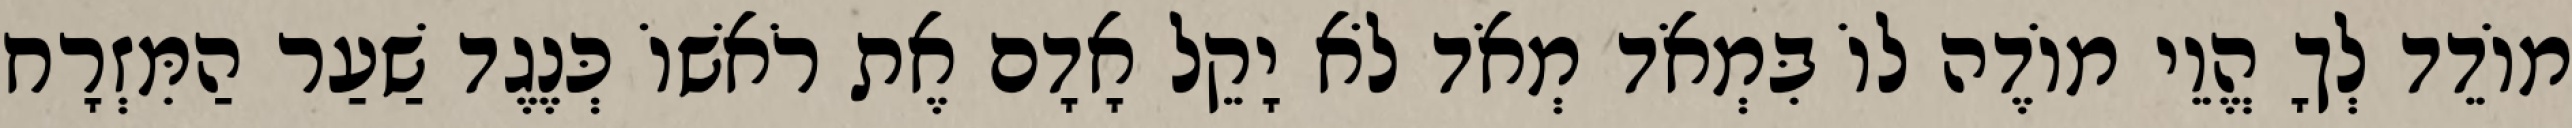
מוֹדֵד לְךָ הֱוֵי מוֹדֶה לוֹ בִּמְאֹד מְאֹד לֹא יָקֵל אָדָם אֶת רֹאשׁוֹ כְּנֶגֶד שַׁעַר הַמִּזְרָח